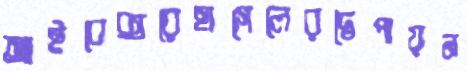
আইবেক্সরেহাগেলেরদ্বৈপায়ন